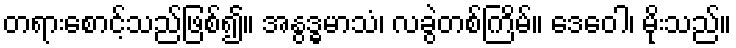
တရားစောင့်သည်ဖြစ်၍။ အနွဒ္ဓမာသံ၊ လခွဲတစ်ကြိမ်။ ဒေဝေါ၊ မိုးသည်။